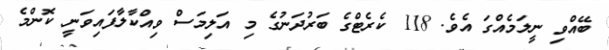
ބޭއްވި ނީލަމެއްގަ އެވެ. 118 ކެރެޓްގެ ބަރުދަނުގެ މި އަލިމަސް ވިއްކާލާފައިވަނީ ކޮންމެ